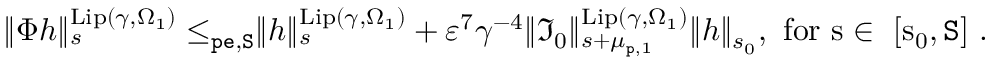
\begin{array} { r } { \rVert \Phi h \rVert _ { s } ^ { \mathrm { L i p } ( \gamma , \Omega _ { 1 } ) } \le _ { \mathtt { p e } , \mathtt { S } } \rVert h \rVert _ { s } ^ { \mathrm { L i p } ( \gamma , \Omega _ { 1 } ) } + \varepsilon ^ { 7 } \gamma ^ { - 4 } \rVert \mathfrak { I } _ { 0 } \rVert _ { s + \mu _ { \mathtt { p } , 1 } } ^ { \mathrm { L i p } ( \gamma , \Omega _ { 1 } ) } \rVert h \rVert _ { s _ { 0 } } , \mathrm { ~ f o r ~ s \in ~ [ s _ 0 , \mathtt { S } ] ~ } . } \end{array}